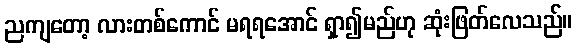
ညကျတော့ လားတစ်ကောင် မရရအောင် ရှာ၍မည်ဟု ဆုံးဖြတ်လေသည်။